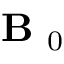
\mathbf { B } _ { \mathrm { ~ 0 ~ } }